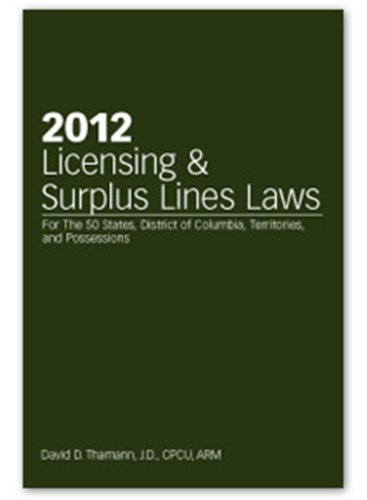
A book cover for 2012 Licensing & Surplus Lines Laws; David D. Thamann J.D. CPCU ARM; Business & Money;